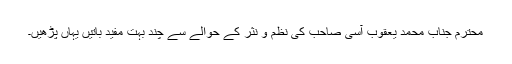
محترم جناب محمد یعقوب آسی صاحب کی نظم و نثر کے حوالے سے چند بہت مفید باتیں یہاں پڑھیں۔